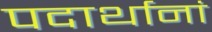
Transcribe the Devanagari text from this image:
पदार्थानां